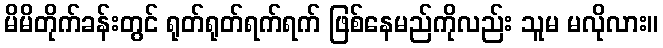
မိမိတိုက်ခန်းတွင် ရုတ်ရုတ်ရက်ရက် ဖြစ်နေမည်ကိုလည်း သူမ မလိုလား။